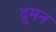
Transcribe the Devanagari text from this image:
दुमन